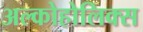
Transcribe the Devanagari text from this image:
अल्कोहोलिक्स